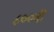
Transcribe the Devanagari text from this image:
८००वीं